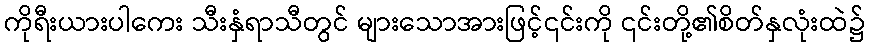
ကိုရီးယားပါကေး သီးနှံရာသီတွင် များသောအားဖြင့်၎င်းကို ၎င်းတို့၏စိတ်နှလုံးထဲ၌